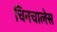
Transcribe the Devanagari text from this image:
चिनचालेस